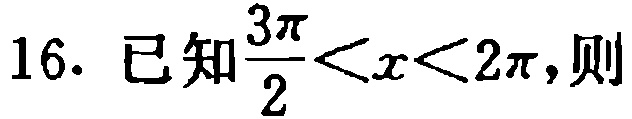
16. 已知$\frac{3\pi}{2}<x<2\pi$,则